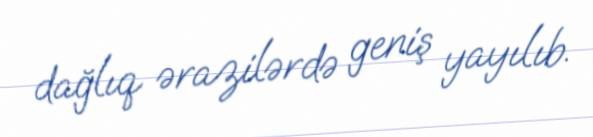
dağlıq ərazilərdə geniş yayılıb.